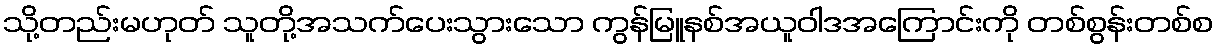
သို့တည်းမဟုတ် သူတို့အသက်ပေးသွားသော ကွန်မြူနစ်အယူဝါဒအကြောင်းကို တစ်စွန်းတစ်စ